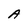
Character: A